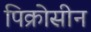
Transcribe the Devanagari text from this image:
पिक्रोसीन